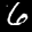
Label: 6